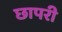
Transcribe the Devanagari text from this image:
छापरी